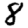
Digit: 8